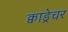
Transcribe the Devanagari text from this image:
क्वाड्रेचर